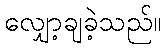
လျှော့ချခဲ့သည်။